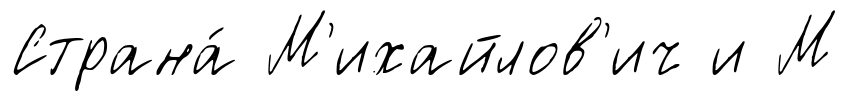
Страна́ М'ихайлов'ич и М